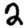
Digit: 2